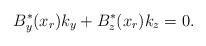
LaTeX: \begin{align*} B^*_y(x_{r})k_y + B^*_z(x_{r})k_z =0 .\end{align*}